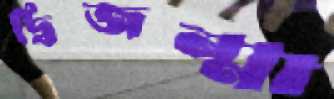
দ্বিজন্মা